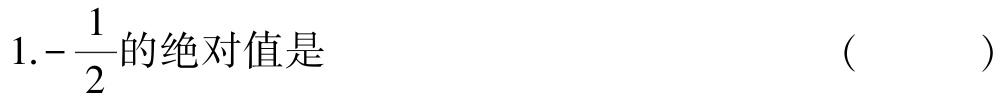
$1.-\dfrac{1}{2}的绝对值是 （  ）$